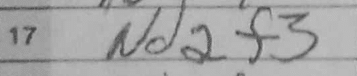
Transcription: Nd2f3